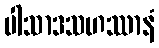
ပါသာဒသဟဿာနံ